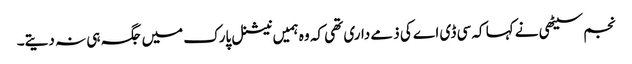
نجم سیٹھی نے کہا کہ سی ڈی اے کی ذمے داری تھی کہ وہ ہمیں نیشنل پارک میں جگہ ہی نہ دیتے۔